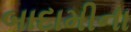
બાદામીના